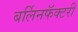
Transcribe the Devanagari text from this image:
बर्लिनफॅक्टरी